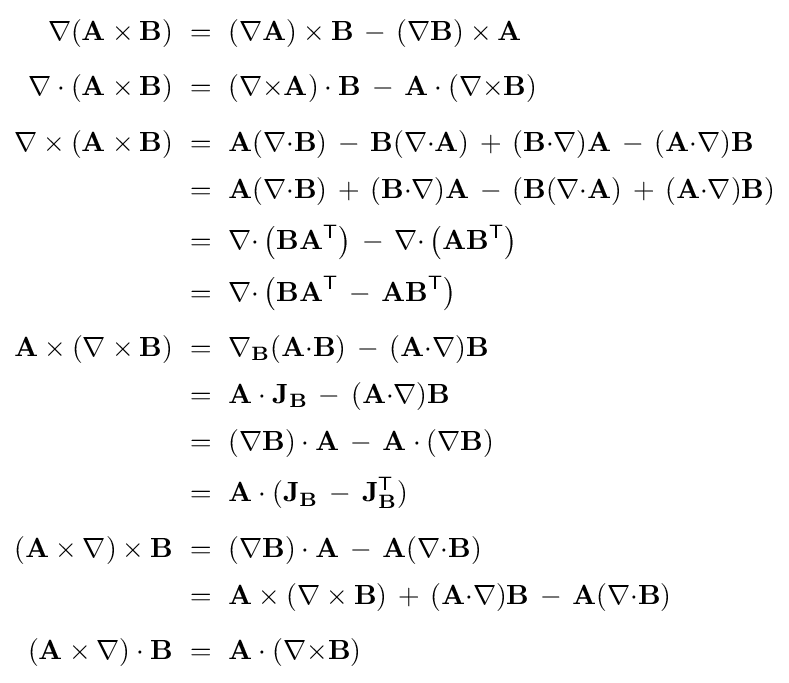
{\begin{aligned}\nabla (\mathbf {A} \times \mathbf {B} )&\ =\ (\nabla \mathbf {A} )\times \mathbf {B} \,-\,(\nabla \mathbf {B} )\times \mathbf {A} \\[5pt]\nabla \cdot (\mathbf {A} \times \mathbf {B} )&\ =\ (\nabla {\times }\mathbf {A} )\cdot \mathbf {B} \,-\,\mathbf {A} \cdot (\nabla {\times }\mathbf {B} )\\[5pt]\nabla \times (\mathbf {A} \times \mathbf {B} )&\ =\ \mathbf {A} (\nabla {\cdot }\mathbf {B} )\,-\,\mathbf {B} (\nabla {\cdot }\mathbf {A} )\,+\,(\mathbf {B} {\cdot }\nabla )\mathbf {A} \,-\,(\mathbf {A} {\cdot }\nabla )\mathbf {B} \\[2pt]&\ =\ \mathbf {A} (\nabla {\cdot }\mathbf {B} )\,+\,(\mathbf {B} {\cdot }\nabla )\mathbf {A} \,-\,(\mathbf {B} (\nabla {\cdot }\mathbf {A} )\,+\,(\mathbf {A} {\cdot }\nabla )\mathbf {B} )\\[2pt]&\ =\ \nabla {\cdot }\left(\mathbf {B} \mathbf {A} ^{\textsf {T}}\right)\,-\,\nabla {\cdot }\left(\mathbf {A} \mathbf {B} ^{\textsf {T}}\right)\\[2pt]&\ =\ \nabla {\cdot }\left(\mathbf {B} \mathbf {A} ^{\textsf {T}}\,-\,\mathbf {A} \mathbf {B} ^{\textsf {T}}\right)\\[5pt]\mathbf {A} \times (\nabla \times \mathbf {B} )&\ =\ \nabla _{\mathbf {B} }(\mathbf {A} {\cdot }\mathbf {B} )\,-\,(\mathbf {A} {\cdot }\nabla )\mathbf {B} \\[2pt]&\ =\ \mathbf {A} \cdot \mathbf {J} _{\mathbf {B} }\,-\,(\mathbf {A} {\cdot }\nabla )\mathbf {B} \\[2pt]&\ =\ (\nabla \mathbf {B} )\cdot \mathbf {A} \,-\,\mathbf {A} \cdot (\nabla \mathbf {B} )\\[2pt]&\ =\ \mathbf {A} \cdot (\mathbf {J} _{\mathbf {B} }\,-\,\mathbf {J} _{\mathbf {B} }^{\textsf {T}})\\[5pt](\mathbf {A} \times \nabla )\times \mathbf {B} &\ =\ (\nabla \mathbf {B} )\cdot \mathbf {A} \,-\,\mathbf {A} (\nabla {\cdot }\mathbf {B} )\\[2pt]&\ =\ \mathbf {A} \times (\nabla \times \mathbf {B} )\,+\,(\mathbf {A} {\cdot }\nabla )\mathbf {B} \,-\,\mathbf {A} (\nabla {\cdot }\mathbf {B} )\\[5pt](\mathbf {A} \times \nabla )\cdot \mathbf {B} &\ =\ \mathbf {A} \cdot (\nabla {\times }\mathbf {B} )\end{aligned}}